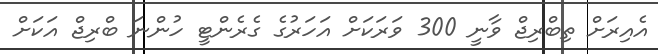
އެއިރަށް ތިބްރިޖް ވާނީ 300 ވަރަކަށް އަހަރުގެ ގެރެންޓީ ހުންނަ ބްރިޖް އަކަށް